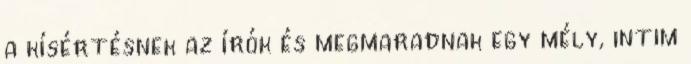
a kísértésnek az írók és megmaradnak egy mély, intim